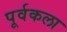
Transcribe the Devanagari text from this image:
पूर्वकला